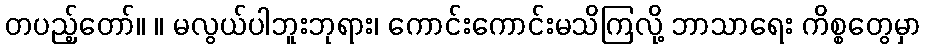
တပည့်တော်။ ။ မလွယ်ပါဘူးဘုရား၊ ကောင်းကောင်းမသိကြလို့ ဘာသာရေး ကိစ္စတွေမှာ